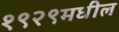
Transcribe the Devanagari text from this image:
१९२९मधील